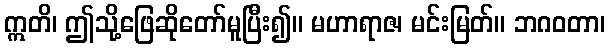
ဣတိ၊ ဤသို့ဖြေဆိုတော်မူပြီး၍။ မဟာရာဇ၊ မင်းမြတ်။ ဘဂဝတာ၊